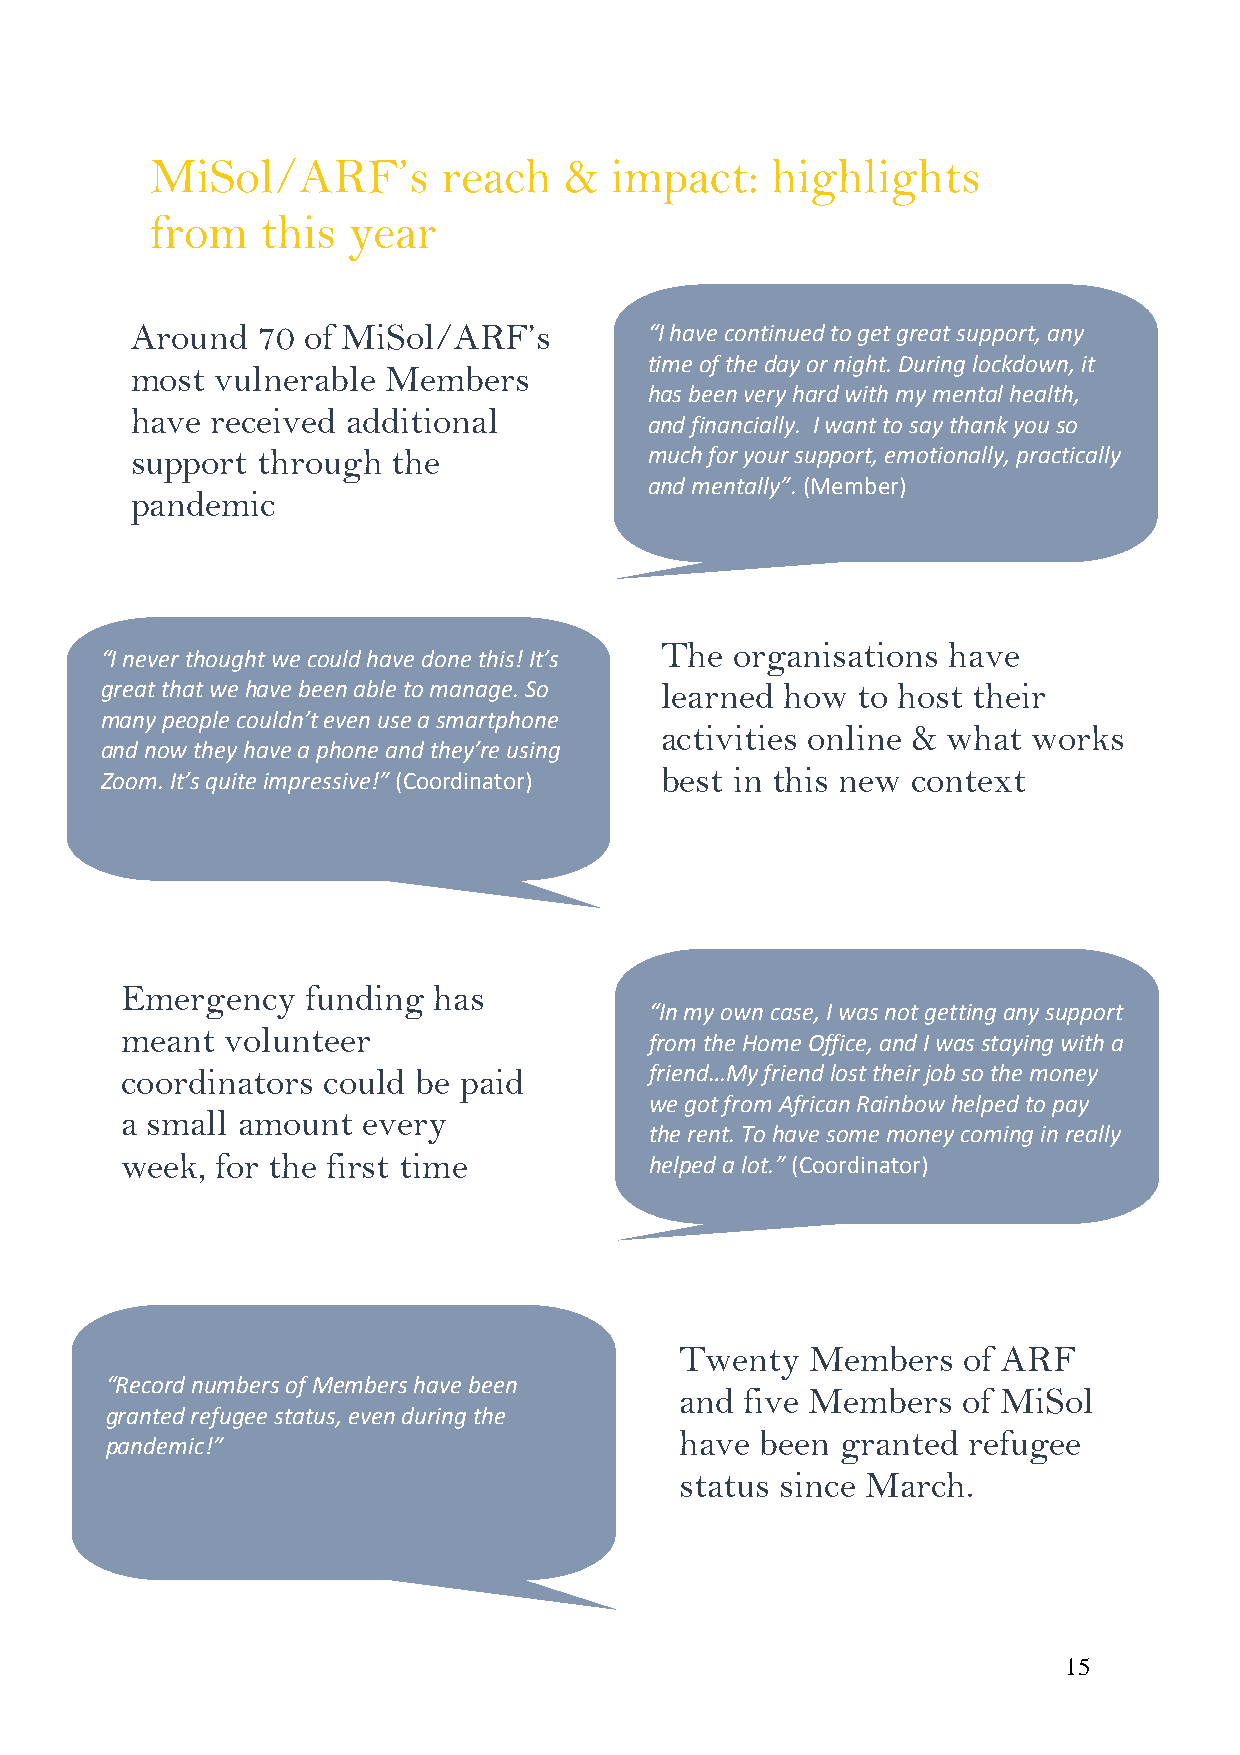
MiSol/ARF’s        reach   &  impact:    highlights
 from   this  year
 A round 70 of MiSol/ARF’s         “I have continued to get great support, any
 time of the day or night. During lockdown, it
 most vulnerable  Members
 has been very hard with my mental health,
 have received additional
 and financially. I want to say thank you so
 support through  the              much for your support, emotionally, practically
 and mentally”. (Member)
 pandemic
 The  organisations have
 “I never thought we could have done this! It’s
 great that we have been able to manage. So learned how to host their
 many people couldn’t even use a smartphone
 activities online & what works
 and now they have a phone and they’re using
 Zoom . It’s quite impressive!” (Coordinator) best in this new context
 Emergency   funding  has
 “In my own case, I was not getting any support
 meant  volunteer
 from the Home Office, and I was staying with a
 coordinators could  be paid        friend…My friend lost their job so the money
 we got from African Rainbow helped to pay
 a small amount  every
 the rent. To have some money coming in really
 we ek, for the first time          helped a lot.” (Coordinator)
 Twenty   Members   of ARF
 “Record numbers of Members have been
 and five Members   of MiSol
 gran ted refugee status, even during the
 pand emic!”
 have been  granted refugee
 status since March.
 15